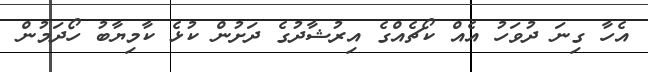
އެހާ ގިނަ ދުވަހު އެއް ކޯޗެއްގެ އިރުޝާދުގެ ދަށުން ކުޅެ ކާމިޔާބު ހޯދަމުން